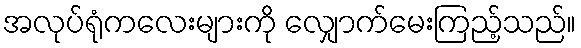
အလုပ်ရုံကလေးများကို လျှောက်မေးကြည့်သည်။